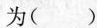
为()